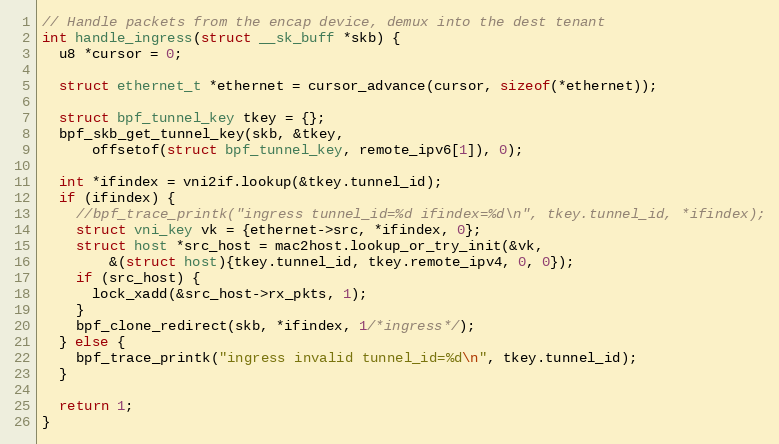
Language: C
// Handle packets from the encap device, demux into the dest tenant
int handle_ingress(struct __sk_buff *skb) {
  u8 *cursor = 0;

  struct ethernet_t *ethernet = cursor_advance(cursor, sizeof(*ethernet));

  struct bpf_tunnel_key tkey = {};
  bpf_skb_get_tunnel_key(skb, &tkey,
      offsetof(struct bpf_tunnel_key, remote_ipv6[1]), 0);

  int *ifindex = vni2if.lookup(&tkey.tunnel_id);
  if (ifindex) {
    //bpf_trace_printk("ingress tunnel_id=%d ifindex=%d\n", tkey.tunnel_id, *ifindex);
    struct vni_key vk = {ethernet->src, *ifindex, 0};
    struct host *src_host = mac2host.lookup_or_try_init(&vk,
        &(struct host){tkey.tunnel_id, tkey.remote_ipv4, 0, 0});
    if (src_host) {
      lock_xadd(&src_host->rx_pkts, 1);
    }
    bpf_clone_redirect(skb, *ifindex, 1/*ingress*/);
  } else {
    bpf_trace_printk("ingress invalid tunnel_id=%d\n", tkey.tunnel_id);
  }

  return 1;
}